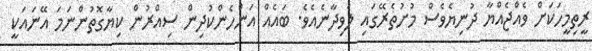
ރީތިމީހަކަށް ވެއްޖެއްޔާ ދުނިޔެވެސް މުށުތެރޭގައި ލެވިދާނެއެވެ. ބައެއް އަންހެންކުދިން ސިއްރުން ކިޔާގޮތުންނަމަ އޭނައަކީ